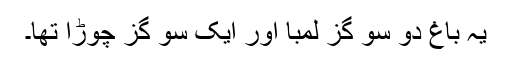
یہ باغ دو سو گز لمبا اور ایک سو گز چوڑا تھا۔